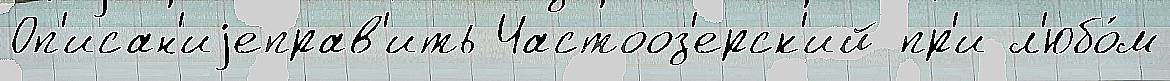
Оп'исан'иjеправ'ить Частооз'ерск'ий пр'и л'юбо́м